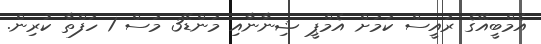
އެމްބީއޭގެ ރައީސް ކަމަށް އެމްޕީ ޝިނާނާއި މަންޑޭ3 މަސް 1 ހަފްތާ ކުރިން.